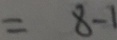
= 8 - 1